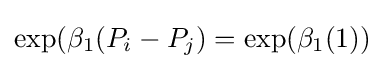
\exp(\beta _{1}(P_{i}-P_{j})=\exp(\beta _{1}(1))